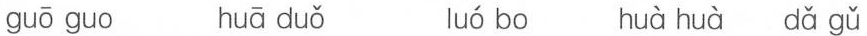
guō guo huā duǒ luó bo huà huà dǎ gǔ